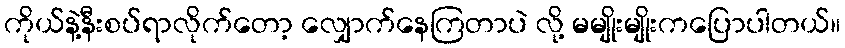
ကိုယ်နဲ့နီးစပ်ရာလိုက်တော့ လျှောက်နေကြတာပဲ လို့ မမျိုးမျိုးကပြောပါတယ်။